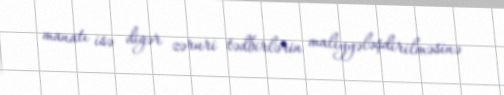
manatı isə digər zəruri tədbirlərin maliyyələşdirilməsinə